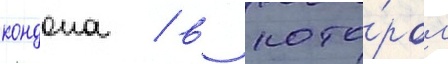
кондона / в кото́ром